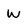
Character: w